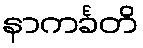
နာကင်္ခတိ